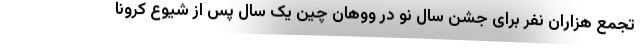
تجمع هزاران نفر برای جشن سال نو در ووهان چین یک سال پس از شیوع کرونا